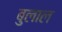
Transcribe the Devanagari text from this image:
बुलाल